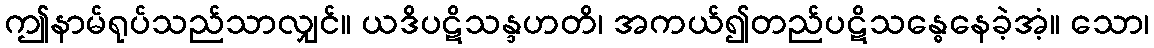
ဤနာမ်ရုပ်သည်သာလျှင်။ ယဒိပဋိသန္ဒဟတိ၊ အကယ်၍တည်ပဋိသန္ဓေနေခဲ့အံ့။ သော၊